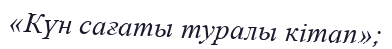
«Күн сағаты туралы кітап»;